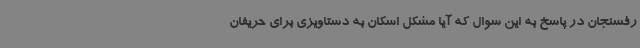
رفسنجان در پاسخ به این سوال که آیا مشکل اسکان به دستاویزی برای حریفان